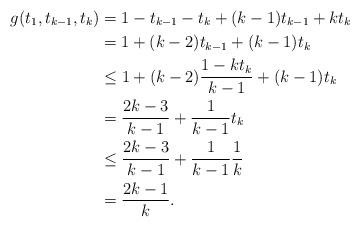
LaTeX: \begin{align*}g(t_1,t_{k-1},t_k)&=1-t_{k-1}-t_k+(k-1)t_{k-1}+kt_k\\&=1+(k-2)t_{k-1}+(k-1)t_k\\&\leq 1+(k-2)\frac{1-kt_k}{k-1}+(k-1)t_k\\&=\frac{2k-3}{k-1}+\frac{1}{k-1}t_k\\&\leq\frac{2k-3}{k-1}+\frac{1}{k-1}\frac{1}{k}\\&=\frac{2k-1}{k}.\end{align*}